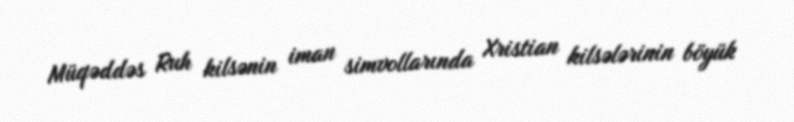
Müqəddəs Ruh kilsənin iman simvollarında Xristian kilsələrinin böyük